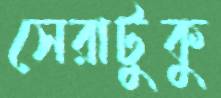
সেরাটুকু